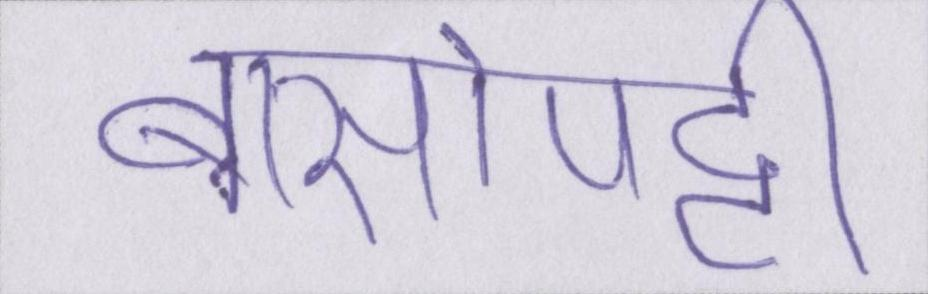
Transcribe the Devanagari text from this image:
बासोपट्टी